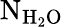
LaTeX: \mathrm{{N_{H_{2}O}}}